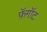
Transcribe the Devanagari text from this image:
फ़ॅगॉट